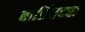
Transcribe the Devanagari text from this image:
बार्डियक्स